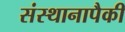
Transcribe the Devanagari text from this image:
संस्थानापैकी